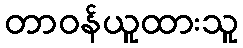
တာဝန်ယူထားသူ